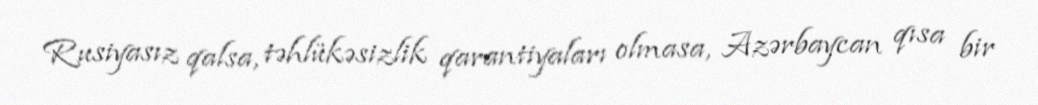
Rusiyasız qalsa, təhlükəsizlik qarantiyaları olmasa, Azərbaycan qısa bir